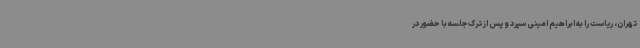
تهران، ریاست را به ابراهیم امینی سپرد و پس از ترک جلسه با حضور در